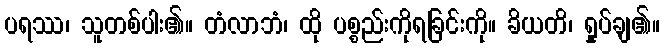
ပရဿ၊ သူတစ်ပါး၏။ တံလာဘံ၊ ထို ပစ္စည်းကိုရခြင်းကို။ ခိယတိ၊ ရှုပ်ချ၏။